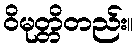
ဝိမုတ္တိတည်း။